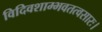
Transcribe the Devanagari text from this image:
विदिवशाम्भवतत्वसारः।